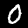
Label: 0